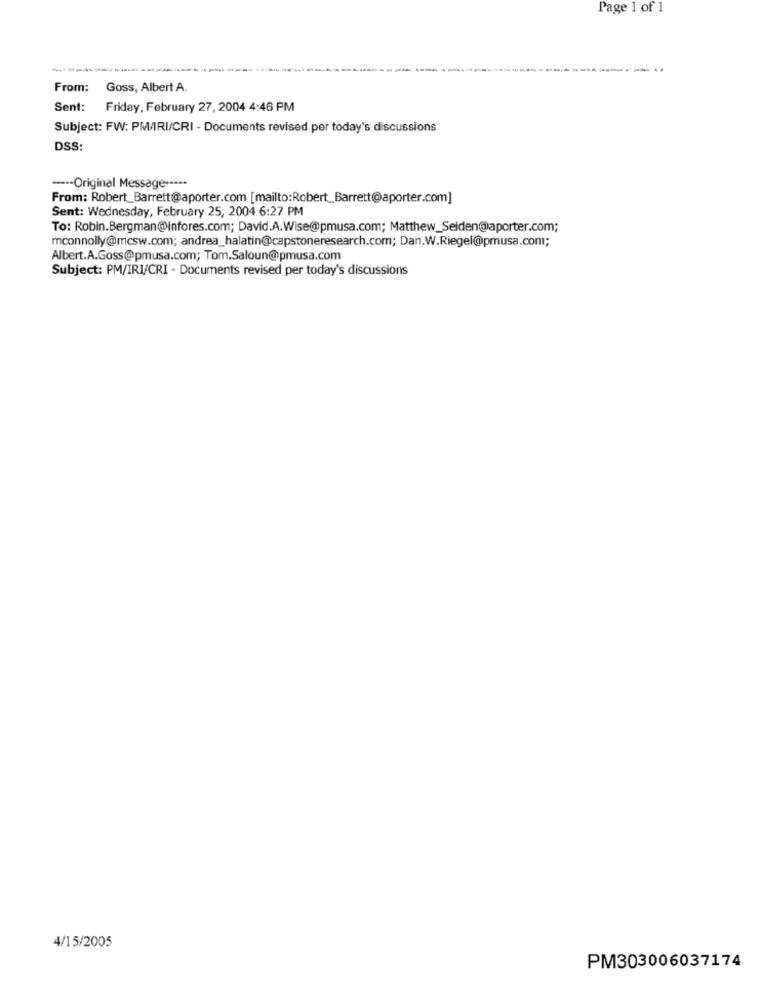
Page 1 of 1
From:
Goss, Albert A.
Sent:
Friday, February 27, 2004 4:46 PM
Subject: FW: PMAIRI/CRI - Documents revised per today's discussions
DSS:
----- Original Message -----
From: Robert_Barrett@aporter.com [mailto:Robert_Barrett@aporter.com]
Sent: Wednesday, February 25, 2004 6:27 PM
To: Robin.Bergman@infores.com; David.A.Wise@pmusa.com; Matthew_Seiden@aporter.com;
mconnolly@mcsw.com; andrea_halatin@capstoneresearch.com; Dan.W.Riegel@pmusa.com;
Albert.A.Goss@pmusa.com; Tom.Saloun@pmusa.com
Subject: PM/IRI/CRI - Documents revised per today's discussions
4/15/2005
PM303006037174